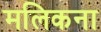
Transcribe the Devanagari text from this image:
मलिकना